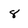
Character: 8